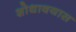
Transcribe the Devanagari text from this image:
शोधावयास